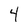
Character: 4